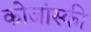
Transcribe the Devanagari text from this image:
कोजांस्की